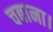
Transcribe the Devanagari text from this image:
चबाना।